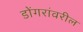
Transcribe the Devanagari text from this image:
डोंगरांवरील